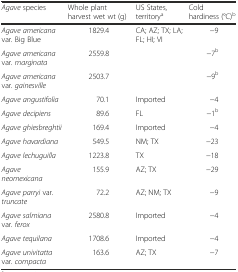
<table><thead><tr><td><b><i>Agave</i> species</b></td><td><b>Whole plant harvest wet wt (g)</b></td><td><b>US States, territory<sup>a</sup></b></td><td><b>Cold hardiness (°C)<sup>b</sup></b></td></tr></thead><tbody><tr><td><i>Agave americana</i> var<i>.</i> Big Blue</td><td>1829.4</td><td rowspan="3">CA; AZ; TX; LA; FL; HI; VI</td><td>−9</td></tr><tr><td><i>Agave americana</i> var<i>. marginata</i></td><td>2559.8</td><td>−7<sup>b</sup></td></tr><tr><td><i>Agave americana</i> var<i>. gainesville</i></td><td>2503.7</td><td>−9<sup>b</sup></td></tr><tr><td><i>Agave angustifolia</i></td><td>70.1</td><td>Imported</td><td>−4</td></tr><tr><td><i>Agave decipiens</i></td><td>89.6</td><td>FL</td><td>−1<sup>b</sup></td></tr><tr><td><i>Agave ghiesbreghtii</i></td><td>169.4</td><td>Imported</td><td>−4</td></tr><tr><td><i>Agave havardiana</i></td><td>549.5</td><td>NM; TX</td><td>−23</td></tr><tr><td><i>Agave lechuguilla</i></td><td>1223.8</td><td>TX</td><td>−18</td></tr><tr><td><i>Agave neomexicana</i></td><td>155.9</td><td>AZ; TX</td><td>−29</td></tr><tr><td><i>Agave parryi</i> var<i>. truncate</i></td><td>72.2</td><td>AZ; NM; TX</td><td>−9</td></tr><tr><td><i>Agave salmiana</i> var<i>. ferox</i></td><td>2580.8</td><td>Imported</td><td>−4</td></tr><tr><td><i>Agave tequilana</i></td><td>1708.6</td><td>Imported</td><td>−4</td></tr><tr><td><i>Agave univitatta</i> var<i>. compacta</i></td><td>163.6</td><td>AZ; TX</td><td>−7</td></tr></tbody></table>